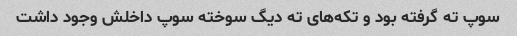
سوپ ته گرفته بود و تکه‌های ته دیگ سوخته سوپ داخلش وجود داشت